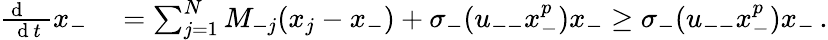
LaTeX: \begin{array}{rl}{\frac{\mathrm{~d~\, ~\, ~}}{\mathrm{~d~}t}x_{-}}&{{}=\sum_{j=1}^{N}M_{-j}(x_{j}-x_{-})+\sigma_{-}(u_{--}x_{-}^{p})x_{-}\geq\sigma_{-}(u_{--}x_{-}^{p})x_{-}\, .}\end{array}